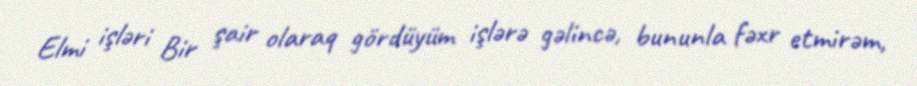
Elmi işləri Bir şair olaraq gördüyüm işlərə gəlincə, bununla fəxr etmirəm,